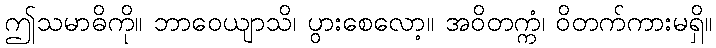
ဤသမာဓိကို။ ဘာဝေယျာသိ၊ ပွားစေလော့။ အဝိတက္ကံ၊ ဝိတက်ကားမရှိ။